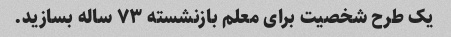
یک طرح شخصیت برای معلم بازنشسته ۷۳ ساله بسازید.